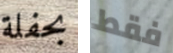
بحفلة فقط